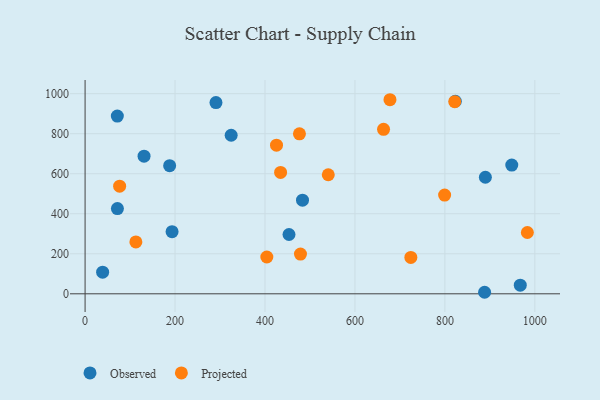
{"axis": {"x": "Distance", "y": "Exam Score"}, "legend": ["Observed", "Projected"], "data": [{"x": "967.6", "y": 43.3, "type": "Observed"}, {"x": "71.7", "y": 888.2, "type": "Observed"}, {"x": "131.1", "y": 687.7, "type": "Observed"}, {"x": "71.9", "y": 425.7, "type": "Observed"}, {"x": "453.4", "y": 296.4, "type": "Observed"}, {"x": "291.0", "y": 955.6, "type": "Observed"}, {"x": "188.0", "y": 640.3, "type": "Observed"}, {"x": "483.4", "y": 468.0, "type": "Observed"}, {"x": "948.7", "y": 643.1, "type": "Observed"}, {"x": "324.8", "y": 792.3, "type": "Observed"}, {"x": "888.3", "y": 7.6, "type": "Observed"}, {"x": "193.4", "y": 310.2, "type": "Observed"}, {"x": "890.0", "y": 582.4, "type": "Observed"}, {"x": "823.2", "y": 962.1, "type": "Observed"}, {"x": "39.0", "y": 108.1, "type": "Observed"}, {"x": "434.7", "y": 606.6, "type": "Projected"}, {"x": "112.9", "y": 259.4, "type": "Projected"}, {"x": "677.9", "y": 969.8, "type": "Projected"}, {"x": "476.6", "y": 799.4, "type": "Projected"}, {"x": "76.8", "y": 537.9, "type": "Projected"}, {"x": "724.3", "y": 181.9, "type": "Projected"}, {"x": "663.6", "y": 821.8, "type": "Projected"}, {"x": "821.9", "y": 960.0, "type": "Projected"}, {"x": "799.4", "y": 493.4, "type": "Projected"}, {"x": "983.4", "y": 306.2, "type": "Projected"}, {"x": "540.7", "y": 595.0, "type": "Projected"}, {"x": "425.6", "y": 742.8, "type": "Projected"}, {"x": "478.9", "y": 198.7, "type": "Projected"}, {"x": "404.1", "y": 183.9, "type": "Projected"}]}